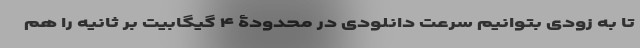
تا به زودی بتوانیم سرعت دانلودی در محدودۀ ۴ گیگابیت بر ثانیه را هم